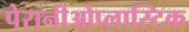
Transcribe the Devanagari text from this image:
पेरानीओप्लास्टिक